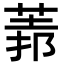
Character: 𦳻